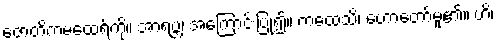
ဇောတိကမထေရ်ကို။ အာရဗ္ဘ၊ အကြောင်းပြု၍။ ကထေသိ၊ ဟောတော်မူ၏။ ဟိ၊